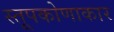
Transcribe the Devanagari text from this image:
स्तूपकोणाकार